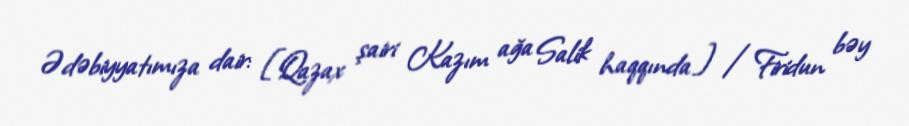
Ədəbiyyatımıza dair: [Qazax şairi Kazım ağa Salik haqqında] /Firidun bəy